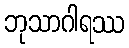
ဘုသာဂါရဿ